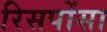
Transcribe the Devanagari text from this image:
रिसपोंसा